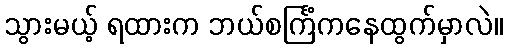
သွားမယ့် ရထားက ဘယ်စင်္ကြံကနေထွက်မှာလဲ။